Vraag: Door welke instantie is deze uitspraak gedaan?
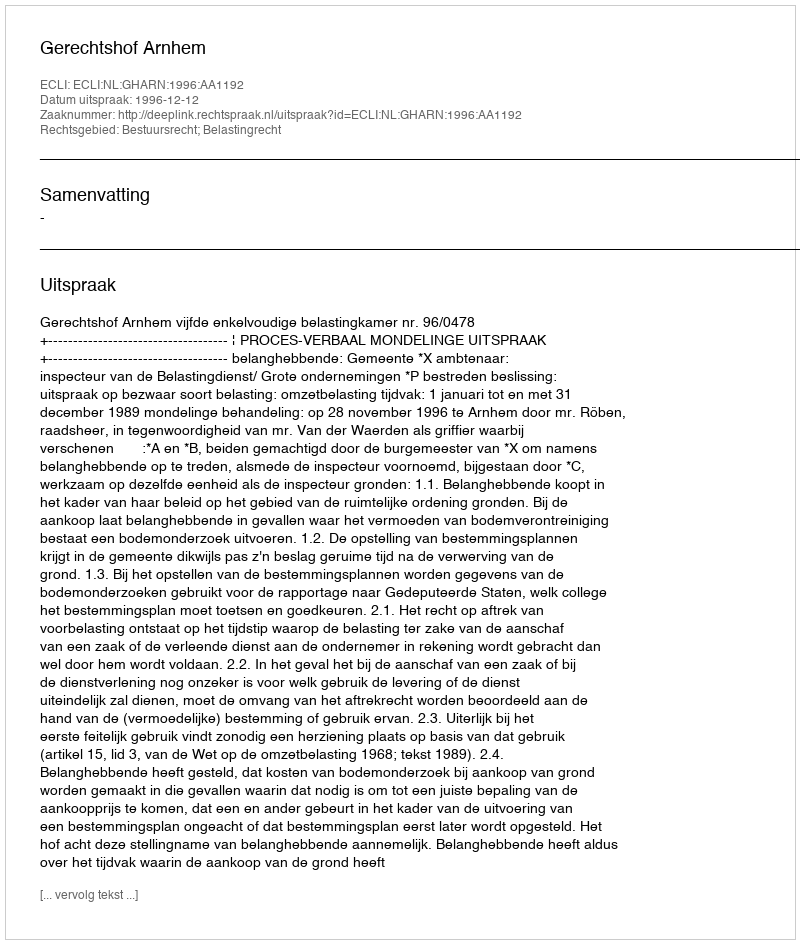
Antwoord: Gerechtshof Arnhem